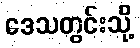
ဒေသတွင်းသို့